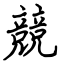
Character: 競